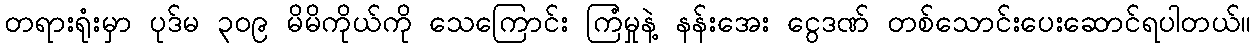
တရားရုံးမှာ ပုဒ်မ ၃၀၉ မိမိကိုယ်ကို သေကြောင်း ကြံမှုနဲ့ နန်းအေး ငွေဒဏ် တစ်သောင်းပေးဆောင်ရပါတယ်။